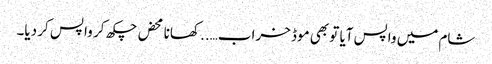
شام میں واپس آیا تو بھی موڈ خراب….. کھانا محض چکھ کر واپس کر دیا۔